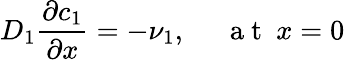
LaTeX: D_{1}\frac{\partial c_{1}}{\partial x}=-\nu_{1},~~~~~\mathrm{~a~t~}~x=0